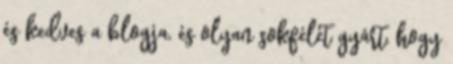
és kedves a blogja, és olyan sokfélét gyárt, hogy